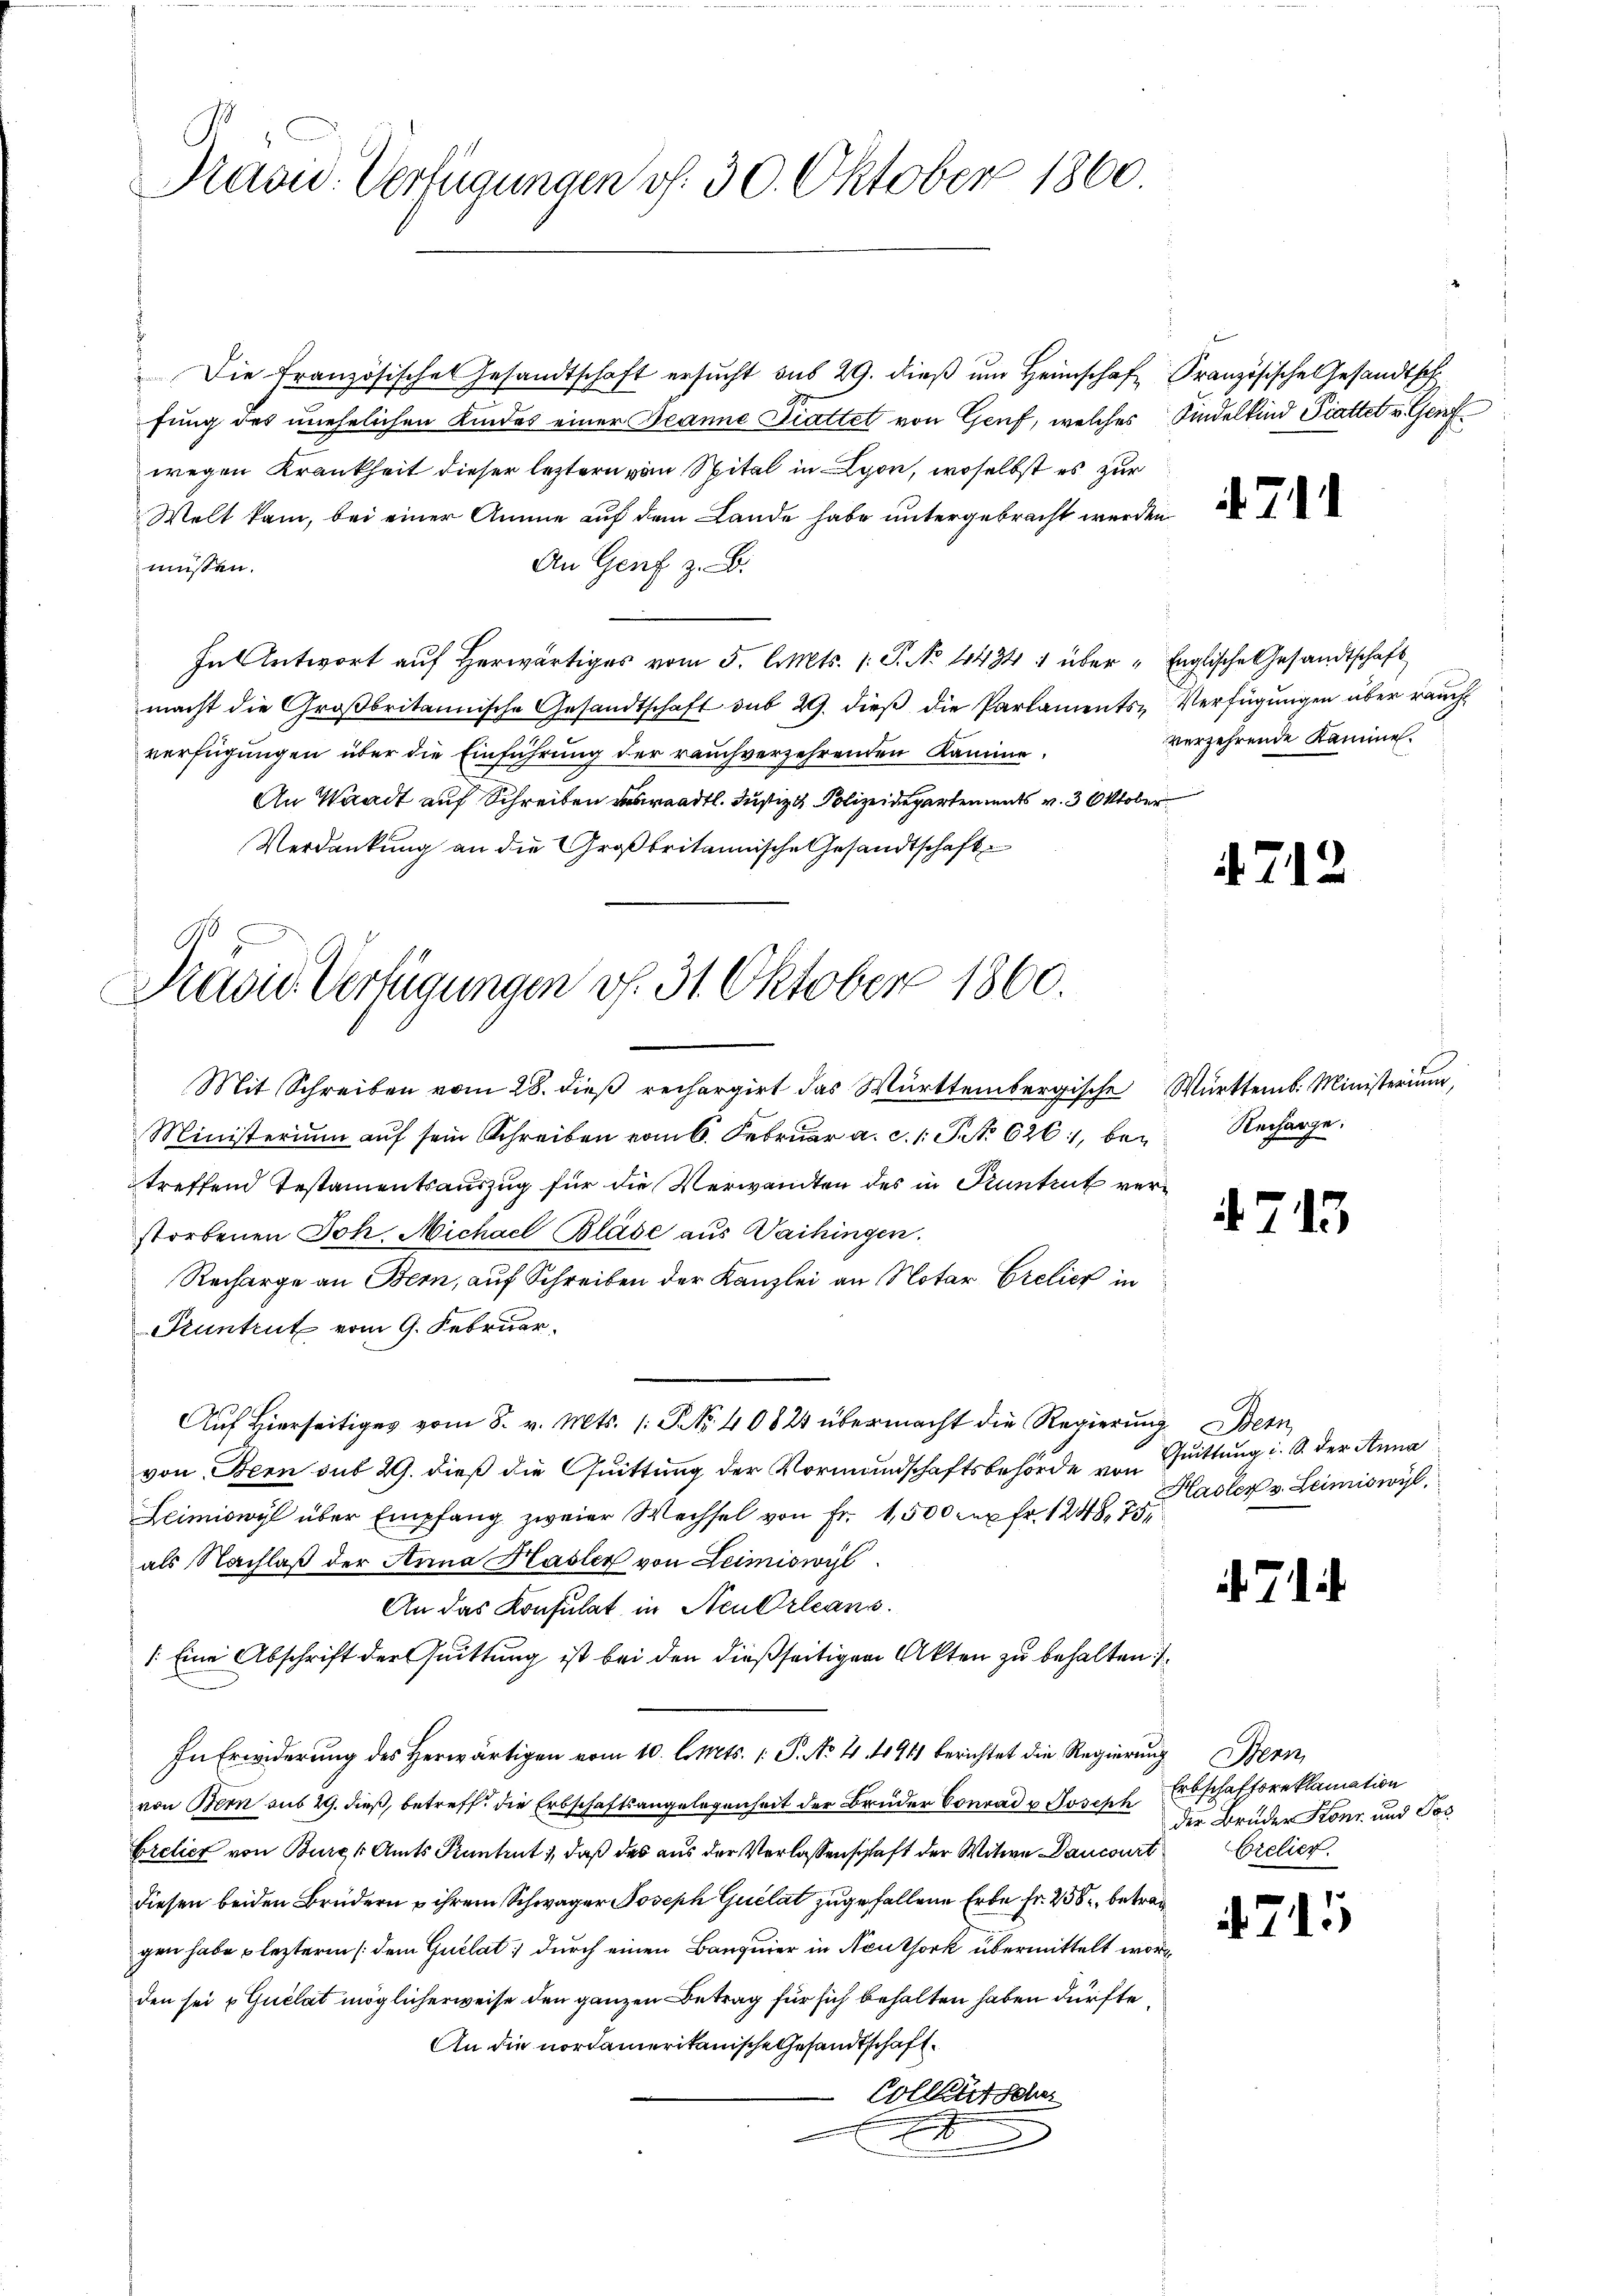
Präsid. Verfügungen v. 30. Oktober 1860.

Präsid. Verfügungen v. 31. Oktober 1860.

Die französisches Gesandtschaft ersŭcht aus 29. dieβ ŭm Heimschaft Französische Gesandtsch
fung des unehelichen Kindes einer Beanne Trattet von Genf, welches Kindelkind Prattet v. Genf
wegen Krankheit dieser letztern vom Spital in Lyon, woselbst es zur
Welt kam, bei einer Amme auf dem Lande habe untergebracht werden
An Genf z. B.
müssen.
In Antwort auf herwärtiges vom 5. d. Mts. 1. S. No 1434 1 über-Englische Gesandtschaft
macht die Groβbritannische Gesandtschaft sub 29. dieβ die Parlaments-Verfügungen über rauch
verfügungen über die Einführung der rauch verzehrenden Kamme
An Waadt auf Schreiben verwandtl. Justiz & Polizeidepartements v. 3. Oktober
Verdankung an die Großbritannische Gesandtschaft
Mit Schreiben vom 28. dieß rechargirt das Württembergische Württemb. Ministerium,
Ministerium auf sein Schreiben vom 6. Februar a. c. 1. P. No 626., betreffend Testamentsauszug für die Verwandten des in Kuntrut verstorbenen Joh. Michael Blase aus Vaihingen.
Recharge an Bern, auf Schreiben der Kanzlei an Notar Cretier in
Pruntrut vom 9. Februar.
Auf Hierseitiges vom 8. v. Mts. (T. 40824 übermacht die Regierung Bern,
von Bern sub 29. dieß die Quittung der Vormundschaftsbehörde von Quittung i. S. der Anna
Leimiswyl über Empfang zweier Wechsel von Fr. 1,500 x Fr. 1248. 75,
als Nachlaß der Anna Hasler von Leimiswyl
An das Konsulat in Neu Orleans
/: Eine Abschrift der Quittung ist bei den dießseitigen Akten zu behalten.
n
In Erwiderŭng des herwärtigen vom 10. l. Mts. 1. P. Nr. 4. 1911 berichtet die Regierŭng Bern,
von Bern sub 29. dieß, betreff. die Erbschaftsangelegenheit der Brüder Conrad u Joseph
Brelier von Burgk Amts Kantent, daß des aus der Verlassenschaft der Witwe Dancourt belier
diesen beiden Brüdern u ihrem Schwager Joseph Quelat zugefallene Erbe fr. 256, betrag
gen habe leztere (dem Quelat; durch einen Banquier in Neuthork übermittelt worden sei & Guélat möglicherweise den ganzen Betrag für sich behalten haben dürfte
An die nordamerikanische Gesandtschaft.
Colleutsche
u
e

4711

verzehrende Kaminel.

4712

Recharge.

4713

Hasler v. Leimiswyl

. 7. d.

Erbschaftsreklamation
die Brüder Konr und Pos

715